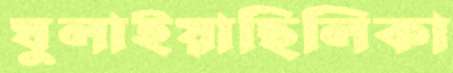
ঘুলাইয়াছিলিকা